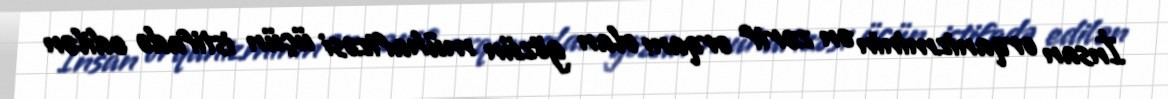
İnsan orqanizminin ən zərif orqanı olan gözün mühafizəsi üçün istifadə edilən